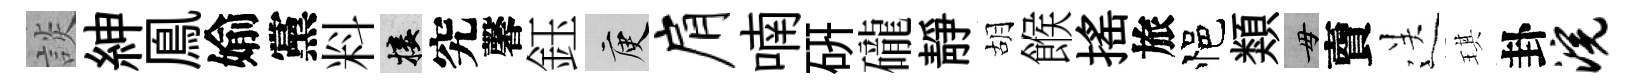
談紳鳯媮黨料接究馨鈺庾肩喃硏礲靜胡餱揺旅悒類毋𧶠送琪卦浣